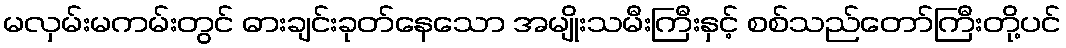
မလှမ်းမကမ်းတွင် ဓားချင်းခုတ်နေသော အမျိုးသမီးကြီးနှင့် စစ်သည်တော်ကြီးတို့ပင်